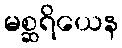
မစ္ဆရိယေန